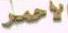
الأحمر